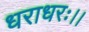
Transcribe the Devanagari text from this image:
धराधरः।।